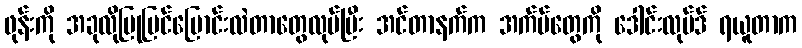
ဖုန်းကို အခုလိုပြုပြင်ပြောင်းလဲတာတွေလုပ်ပြီး အင်တာနက်က အက်ပ်တွေကို ဒေါင်းလုပ်ဒ် ရယူတာက